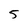
Character: 5